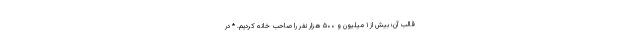
قالب آن؛ بیش از ۱ میلیون و ۵۰۰ هزار نفر را صاحبِ خانه کردیم. * در